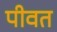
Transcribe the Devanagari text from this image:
पीवत